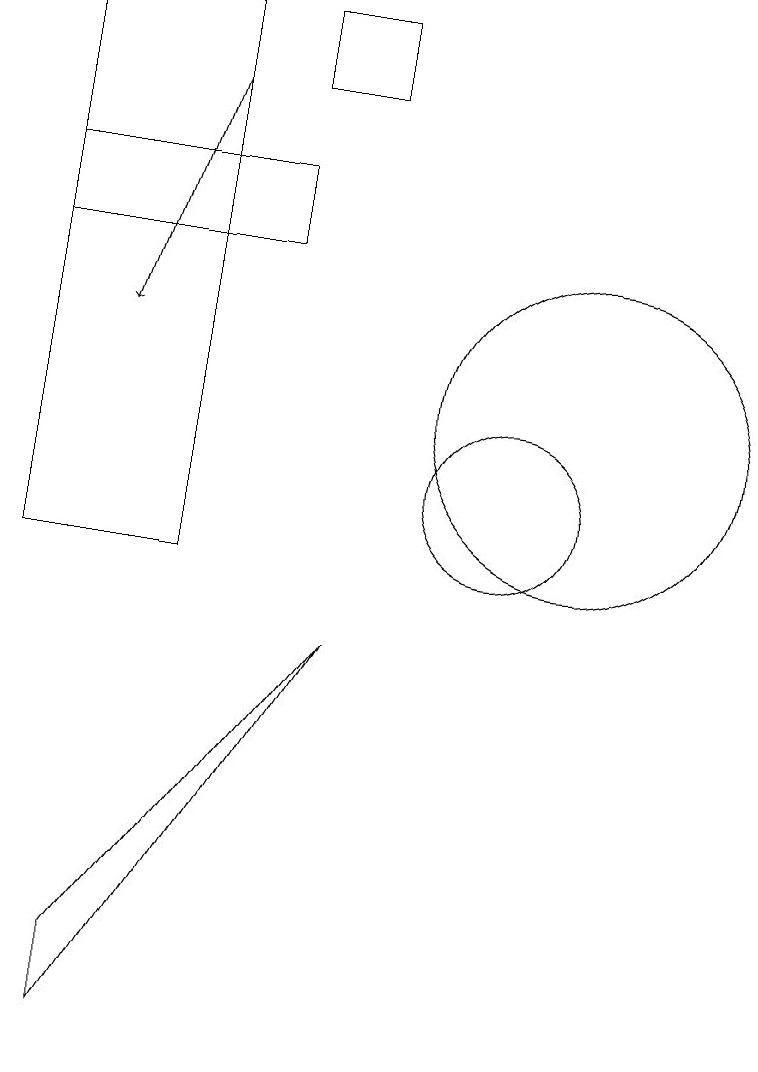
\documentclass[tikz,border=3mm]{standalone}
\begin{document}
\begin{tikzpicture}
\draw (7,17) rectangle (8,16);
\draw (10,11) circle (1);
\draw (11,10) circle (0);
\draw (11,12) circle (2);
\draw[->] (6,16) -- (5,13);
\draw (4,15) rectangle (7,14);
\draw (8,9) -- (5,4) -- (5,5) -- cycle;
\draw (4,17) rectangle (6,10);
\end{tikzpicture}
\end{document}